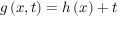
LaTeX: g \left( x , t \right) = h \left( x \right) + t